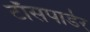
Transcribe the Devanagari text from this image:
टाँसपार्डर